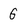
Character: G